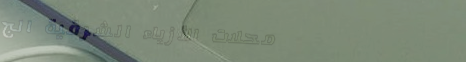
محلات الأزياء الشرقية الج